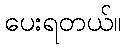
ပေးရတယ်။